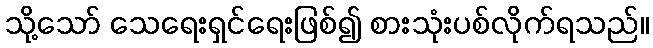
သို့သော် သေရေးရှင်ရေးဖြစ်၍ စားသုံးပစ်လိုက်ရသည်။